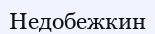
Недобежкин